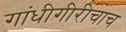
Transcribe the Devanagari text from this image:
गांधीगीरीचाच